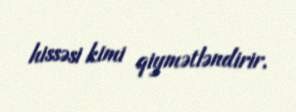
hissəsi kimi qiymətləndirir.